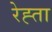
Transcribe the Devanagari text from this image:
रेह्ता